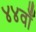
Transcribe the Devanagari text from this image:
४४वाँ